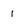
Character: 1